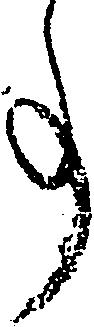
事